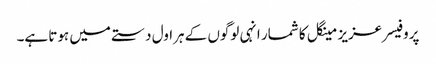
پروفیسر عزیز مینگل کا شمار انہی لوگوں کے ہراول دستے میں ہوتا ہے۔